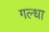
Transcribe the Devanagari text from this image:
गल्धा